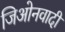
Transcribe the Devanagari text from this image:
जिओनवादी